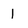
Character: 1